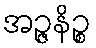
အဉ္ဇနိဉ္စ